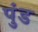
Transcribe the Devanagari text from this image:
पुंड